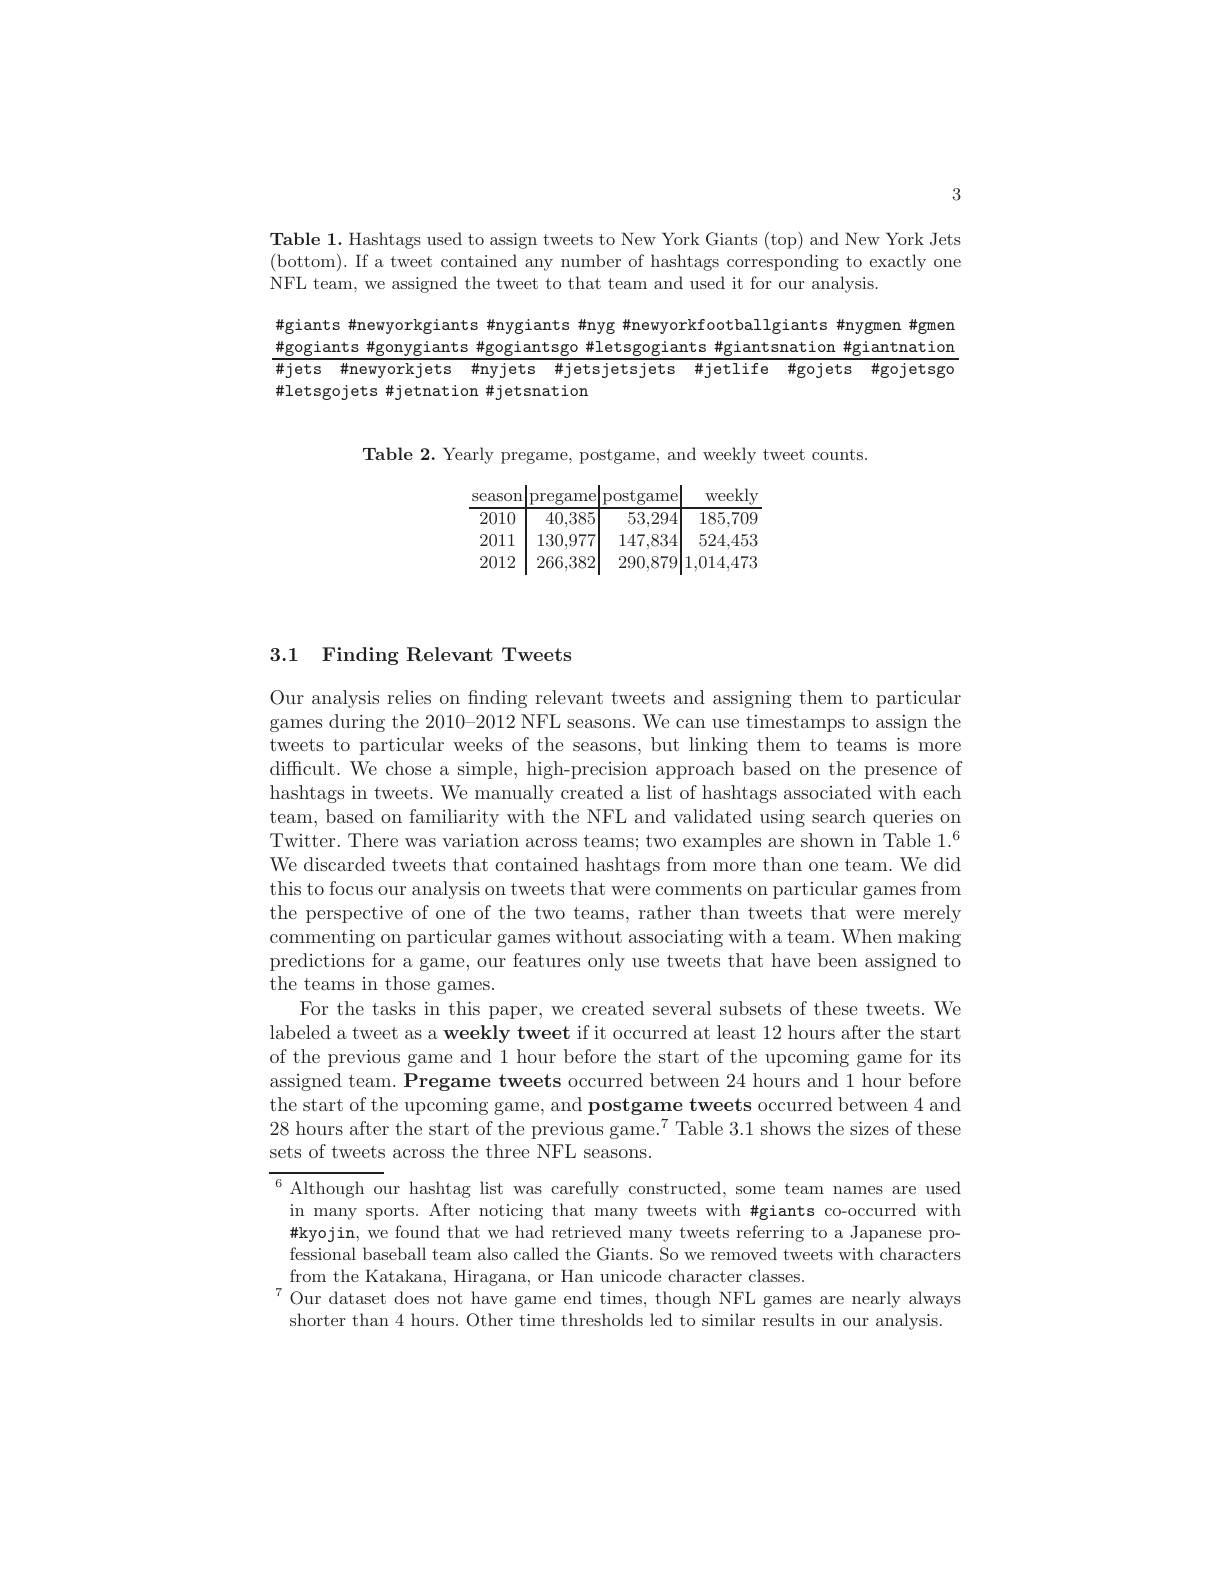
3

Table 1. Hashtags used to assign tweets to New York Giants (top) and New York Jets (bottom). If a tweet contained any number of hashtags corresponding to exactly one NFL team, we assigned the tweet to that team and used it for our analysis

#giants #newyorkgiants #nygiants #nyg#newyorkfootballgiants#nygmen#gmen #gogiants #gonygiants #gogiantsgo#letsgogiants#giantsnation#giantnation

#jets #newyorkjets #nyjets #jetsjetsjets #jetlife #gojets #gojetsga

$\#$letsgojets #jetnation #jetsnation

Table 2. Yearly pregame, postgame, and weekly tweet counts

<table>
	<tbody>
		<tr>
			<th>season</th>
			<th>pregame</th>
			<th>postgame</th>
			<th>weekly</th>
		</tr>
		<tr>
			<td>2010</td>
			<td>40,385</td>
			<td>53,294</td>
			<td>185,709</td>
		</tr>
		<tr>
			<td>2011</td>
			<td>130,977</td>
			<td>147,834</td>
			<td>524,453</td>
		</tr>
		<tr>
			<td>2012</td>
			<td>266.382</td>
			<td>290.879</td>
			<td>1,014.473</td>
		</tr>
	</tbody>
</table>

## 3.1 Finding Relevant Tweets

Our analysis relies on finding relevant tweets and assigning them to particular games during the 2010-2012 NFL seasons. We can use timestamps to assign the tweets to particular weeks of the seasons, but linking them to teams is more difficult. We chose a simple, high-precision approach based on the presence of hashtags in tweets. We manually created a list of hashtags associated with each team, based on familiarity with the NFL and validated using search queries on Twitter. There was variation across teams; two examples are shown in Table 1.$^{6}$ We discarded tweets that contained hashtags from more than one team. We did this to focus our analysis on tweets that were comments on particular games from the perspective of one of the two teams, rather than tweets that were merely commenting on particular games without associating with a team. When making predictions for a game, our features only use tweets that have been assigned to the teams in those games.
For the tasks in this paper, we created several subsets of these tweets. We labeled a tweet as a weekly tweet if it occurred at least 12 hours after the start of the previous game and 1 hour before the start of the upcoming game for its assigned team. Pregame tweets occurred between 24 hours and 1 hour before the start of the upcoming game, and postgame tweets occurred between 4 and 28 hours after the start of the previous game.$^7$ Table 3.1 shows the sizes of these sets of tweets across the three NFL seasons.

$^{6}$ Although our hashtag list was carefully constructed, some team names are used
in many sports. After noticing that many tweets with #giants co-occurred with #kyojin, we found that we had retrieved many tweets referring to a Japanese professional baseball team also called the Giants. So we removed tweets with characters from the Katakana, Hiragana, or Han unicode character classes.
$^{7}$Our dataset does not have game end times, though NFL games are nearly always
shorter than 4 hours. Other time thresholds led to similar results in our analysis.